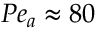
P e _ { a } \approx 8 0